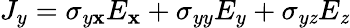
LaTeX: J_{y}=\sigma_{y\mathbf{x}}E_{\mathbf{x}}+\sigma_{yy}E_{y}+\sigma_{y\mathit{z}}E_{\mathit{z}}